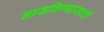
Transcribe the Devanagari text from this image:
भासविण्यासाठी